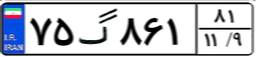
۷۵گ۸۶۱۸۱